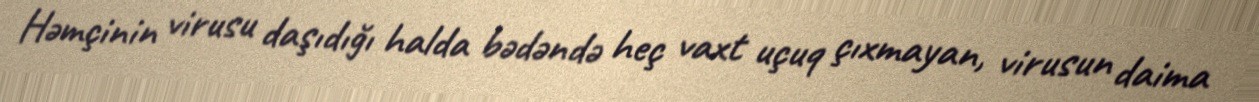
Həmçinin virusu daşıdığı halda bədəndə heç vaxt uçuq çıxmayan, virusun daima